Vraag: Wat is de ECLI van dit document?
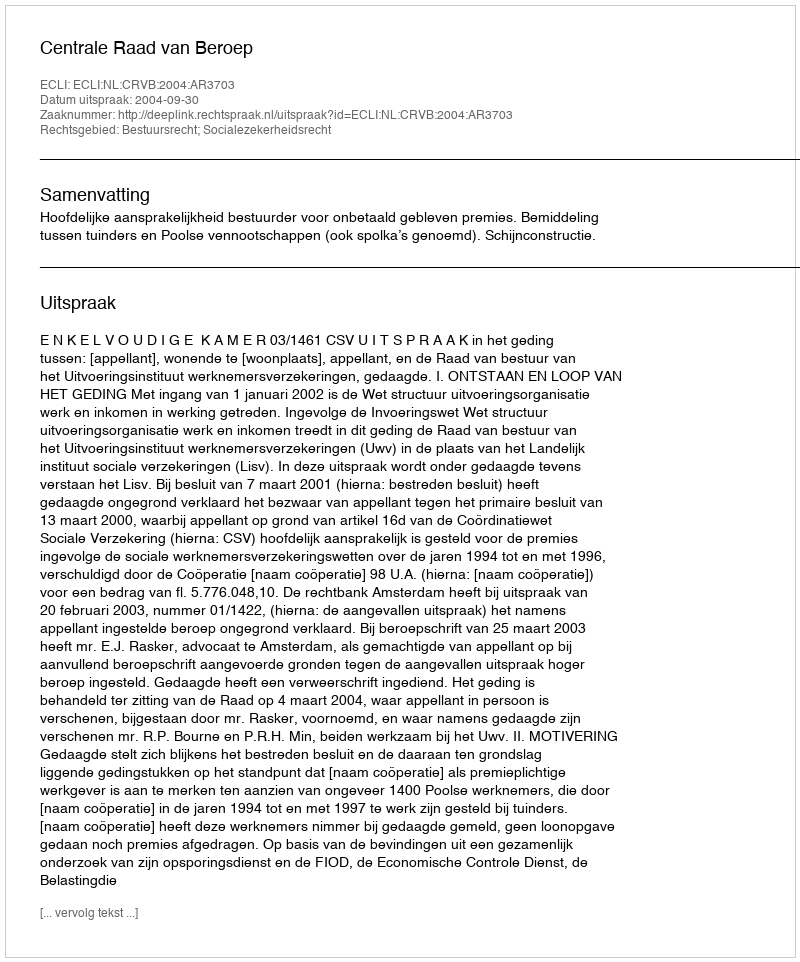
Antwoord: ECLI:NL:CRVB:2004:AR3703